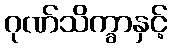
ဂုဏ်သိက္ခာနှင့်